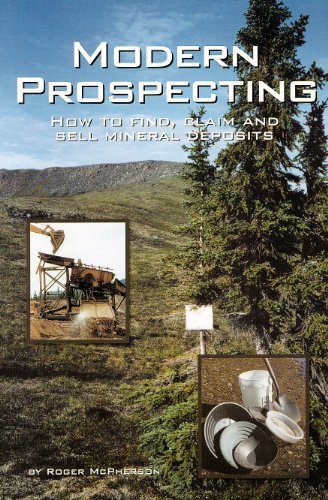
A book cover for Modern Prospecting: How to Find, Claim and Sell Mineral Deposits (Prospecting and Treasure Hunting); Roger McPherson; Science & Math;